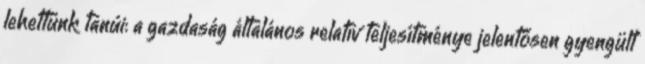
lehettünk tanúi: a gazdaság általános relatív teljesítménye jelentősen gyengült